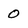
Character: 0